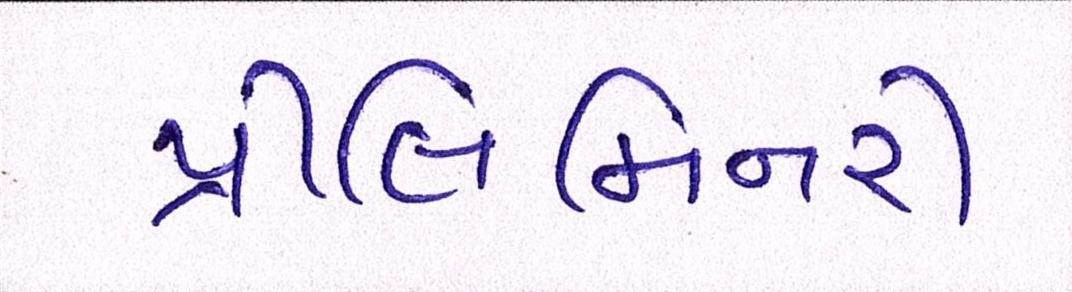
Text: પ્રીલિમિનરી